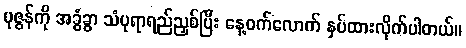
ပုဇွန်ကို အခွံခွာ သံပုရာရည်ညှစ်ပြီး နေ့ဝက်လောက် နှပ်ထားလိုက်ပါတယ်။